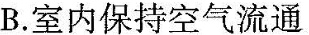
B.室内保持空气流通